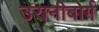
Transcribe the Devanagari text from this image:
उरानीबोर्ग